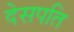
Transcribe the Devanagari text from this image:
देसपति